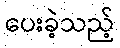
ပေးခဲ့သည့်